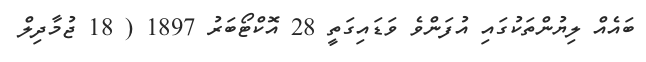
ބައެއް ލިޔުންތަކުގައި އުފަންވެ ވަޑައިގަތީ 28 އޮކްޓޯބަރު 1897 ( 18 ޖުމާދިލް